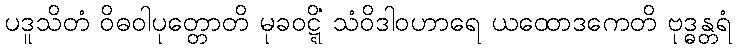
ပဒူသိတံ ဝိဓဝါပုတ္တောတိ မုခဝဋ္ဋိံ သံဝိဒါဝဟာရေ ယထောဒကေတိ ဗုဒ္ဓန္တရံ